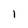
Character: 1